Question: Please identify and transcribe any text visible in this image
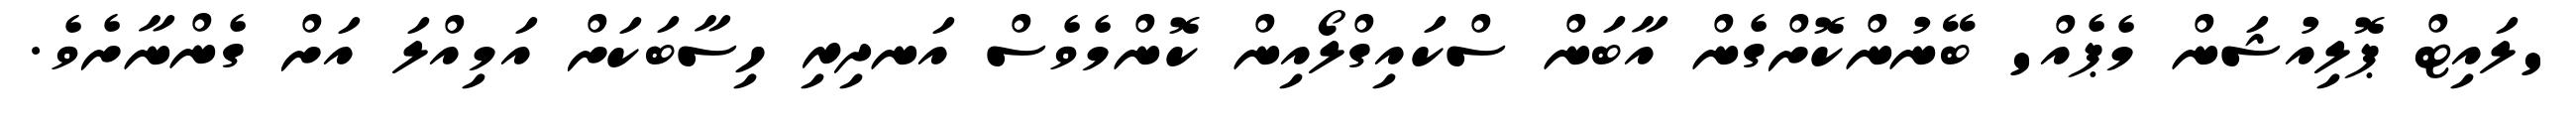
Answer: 'ލައިޓް ޕޮލިއުޝަން މެޕެއް' ބޭނުންކޮށްގެން އާބަން ސްކައިގްލޯއިން ކޮންމެވެސް އަނދިރި ހިސާބަކަށް އަމިއްލަ އަށް ގެންނާށެވެ.